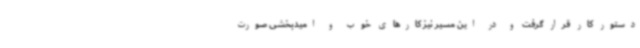
دستور کار قرار گرفت و در این مسیر نیز کارهای خوب و امیدبخشی صورت